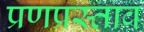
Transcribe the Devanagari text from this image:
प्रणप्रस्ताव